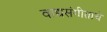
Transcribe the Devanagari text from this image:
वाद्यसंगीताचे